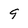
Character: 9